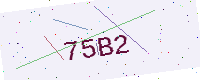
Text: 75B2